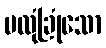
မလုံခြုံသော